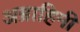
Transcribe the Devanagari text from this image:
अब्राहिमी